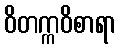
ဝိတက္ကဝိစာရာ